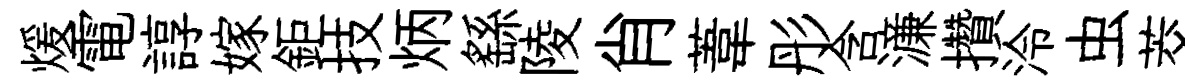
煖電諄嫁鉅技炳繇陵肖葦彤含濓攢泠虫茭